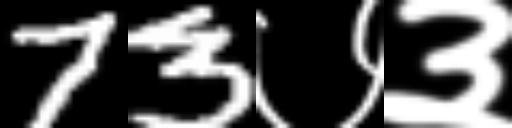
Text: 73७३